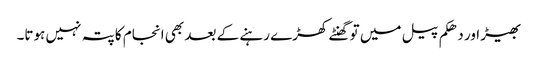
بھیڑ اور دھکم پیل میں تو گھنٹے کھڑے رہنے کے بعد بھی انجام کا پتہ نہیں ہوتا۔